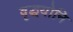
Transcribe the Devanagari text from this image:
वृद्धयोनि